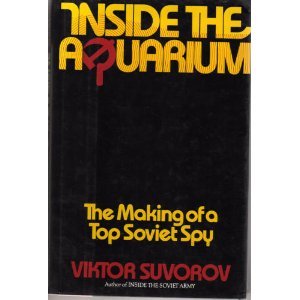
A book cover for Inside the Aquarium: The Making of a Top Soviet Spy; Viktor Suvorov; History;